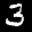
Label: 3